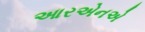
આરએનએ